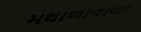
મથાળાવાળા